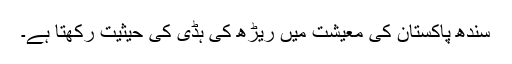
سندھ پاکستان کی معیشت میں ریڑھ کی ہڈی کی حیثیت رکھتا ہے۔